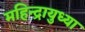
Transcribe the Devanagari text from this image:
महिन्द्रायुध्या